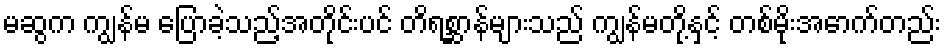
မဆွက ကျွန်မ ပြောခဲ့သည့်အတိုင်းပင် တိရစ္ဆာန်များသည် ကျွန်မတို့နှင့် တစ်မိုးအောက်တည်း